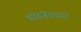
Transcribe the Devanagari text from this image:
लोकोत्तरता